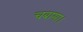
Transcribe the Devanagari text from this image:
चबाया।